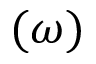
( \omega )